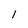
Character: l